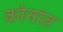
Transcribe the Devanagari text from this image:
कोनांत